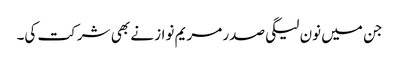
جن میں نون لیگی صدر مریم نواز نے بھی شرکت کی۔